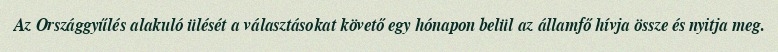
Az Országgyűlés alakuló ülését a választásokat követő egy hónapon belül az államfő hívja össze és nyitja meg.